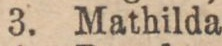
3. Mathilda,